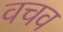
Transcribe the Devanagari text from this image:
वचव